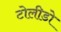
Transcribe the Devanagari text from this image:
टोलीडो